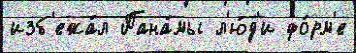
изб'ежа́л Пана́мы л'ю́д'и фо́рм'е